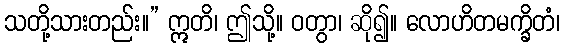
သတို့သားတည်း။” ဣတိ၊ ဤသို့။ ဝတွာ၊ ဆို၍။ လောဟိတမက္ခိတံ၊